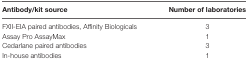
| Antibody/kit source | Number of laboratories |
 | --- | --- |
 | FXII-EIA paired antibodies, Affinity Biologicals | 3 |
 | Assay Pro AssayMax | 1 |
 | Cedarlane paired antibodies | 3 |
 | In-house antibodies | 1 |